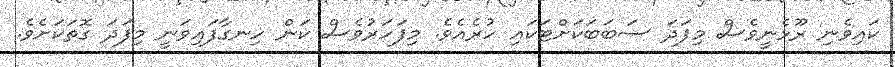
ކައިވެނި ރޫޅެނީވެސް މިފަދަ ސަބަބަކަށްޓަކައި ހުރެއެވެ. މިފަހަރުވެސް ކަން ހިނގާފައިވަނީ މިފަދަ ގޮތަކަށެވެ.